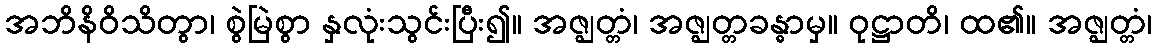
အဘိနိဝိသိတွာ၊ စွဲမြဲစွာ နှလုံးသွင်းပြီး၍။ အဇ္ဈတ္တံ၊ အဇ္ဈတ္တခန္ဓာမှ။ ဝုဋ္ဌာတိ၊ ထ၏။ အဇ္ဈတ္တံ၊